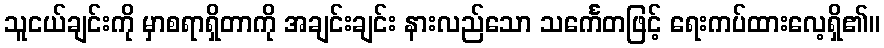
သူငယ်ချင်းကို မှာစရာရှိတာကို အချင်းချင်း နားလည်သော သင်္ကေတဖြင့် ရေးကပ်ထားလေ့ရှိ၏။